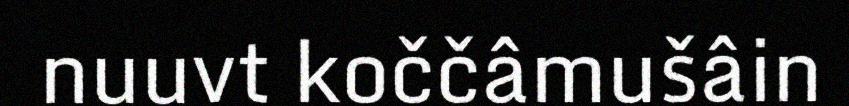
nuuvt koččâmušâin